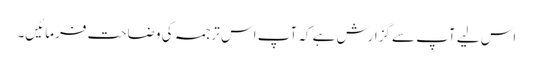
اس لیے آپ سےگزارش ہے کہ آپ اس ترجمہ کی وضاحت فرمائیں۔